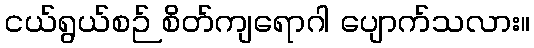
ငယ်ရွယ်စဉ် စိတ်ကျရောဂါ ပျောက်သလား။